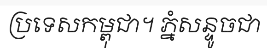
ប្រទេសកម្ពុជា។ ភ្នំសន្ទូចជា